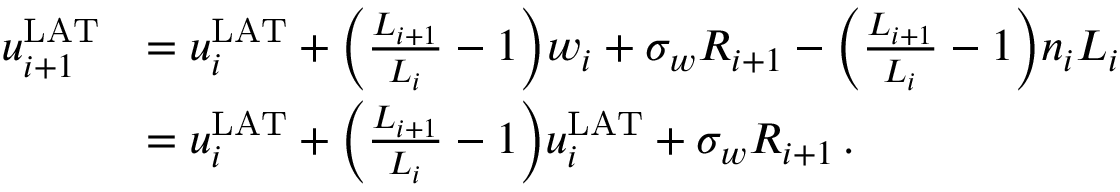
\begin{array} { r l } { u _ { i + 1 } ^ { \mathrm { L A T } } } & { = u _ { i } ^ { \mathrm { L A T } } + \bigg ( \frac { L _ { i + 1 } } { L _ { i } } - 1 \bigg ) w _ { i } + \sigma _ { w } R _ { i + 1 } - \bigg ( \frac { L _ { i + 1 } } { L _ { i } } - 1 \bigg ) n _ { i } L _ { i } } \\ & { = u _ { i } ^ { \mathrm { L A T } } + \bigg ( \frac { L _ { i + 1 } } { L _ { i } } - 1 \bigg ) u _ { i } ^ { \mathrm { L A T } } + \sigma _ { w } R _ { i + 1 } \, . } \end{array}